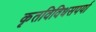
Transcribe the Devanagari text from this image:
कृतविविधसपर्या